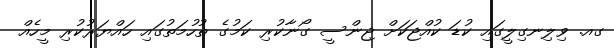
ގއ. ވިލިނގިލީގައި ކުޑަ ކުއްޖަކަށް ޖިންސީ ގޯނާކުރި ކަމުގެ ތުހުމަތުގައި ހައްޔަރުކުރި މީހެއް